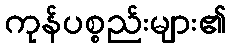
ကုန်ပစ္စည်းများ၏